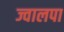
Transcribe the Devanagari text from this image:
ज्वालपा